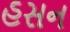
હસન